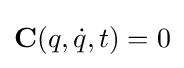
\mathbf {C} (q,{\dot {q}},t)=0